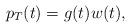
LaTeX: \begin{align*}p_T(t)&= g(t) w(t),\end{align*}